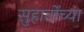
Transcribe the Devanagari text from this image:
सुहार्तोच्या